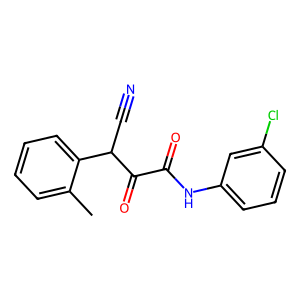
SMILES: Cc1ccccc1C(C#N)C(=O)C(=O)Nc1cccc(Cl)c1
Inhibits HIV replication: No